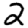
Digit: 2